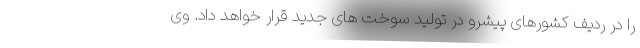
را در ردیف کشورهای پیشرو در تولید سوخت های جدید قرار خواهد داد. وی